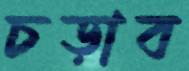
চড়াব